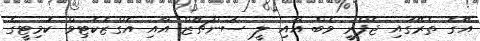
އޭގެ ތެރޭގައި ޖެފްރީ ވެބް އާއި ލީ ސަންޗޭޒް އާއި އެގްޒެކެޓިވް ކޮމިޓީގެ